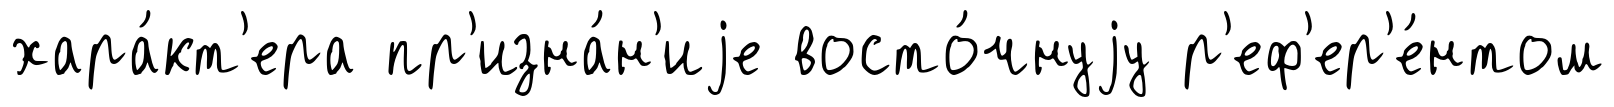
хара́кт'ера пр'изна́н'иjе восто́чнуjу р'еф'ер'е́нтом